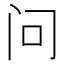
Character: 问